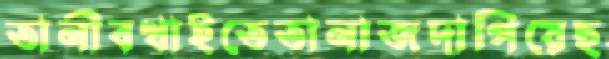
তানীবখাইতেতানাজদাপিয়েছ